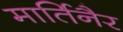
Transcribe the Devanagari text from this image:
मार्तिनैर